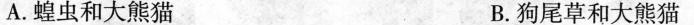
A.蝗虫和大熊猫 B.狗尾草和大熊猫